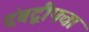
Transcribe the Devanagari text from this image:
दंबद्वीपचा